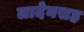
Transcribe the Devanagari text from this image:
लादेनसह